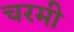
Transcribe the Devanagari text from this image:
चरमी